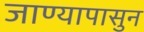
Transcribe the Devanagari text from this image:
जाण्यापासुन